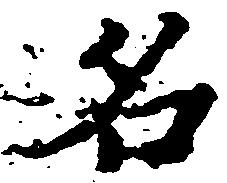
名